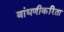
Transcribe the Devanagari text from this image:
बांधणीकरिता